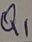
Text: Q1